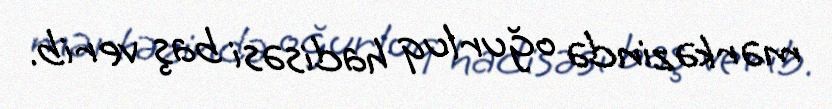
mərkəzində oğurluq hadisəsi baş verib.